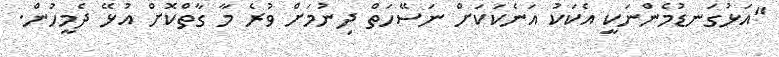
"އަޅުގަނޑުމެންނަކީ އެކަކު އަނެކަކަށް ނަސޭހަތް ދިނުމަށް ވުރެ މާ ގާތްކޮށް އުޅޭ ދެމީހުން.